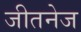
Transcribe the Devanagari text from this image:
जीतनेज